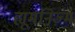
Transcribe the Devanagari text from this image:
ह्यूमनिज़्म